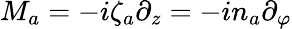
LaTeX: M_{a}=-i\zeta_{a}\partial_{z}=-in_{a}\partial_{\varphi}